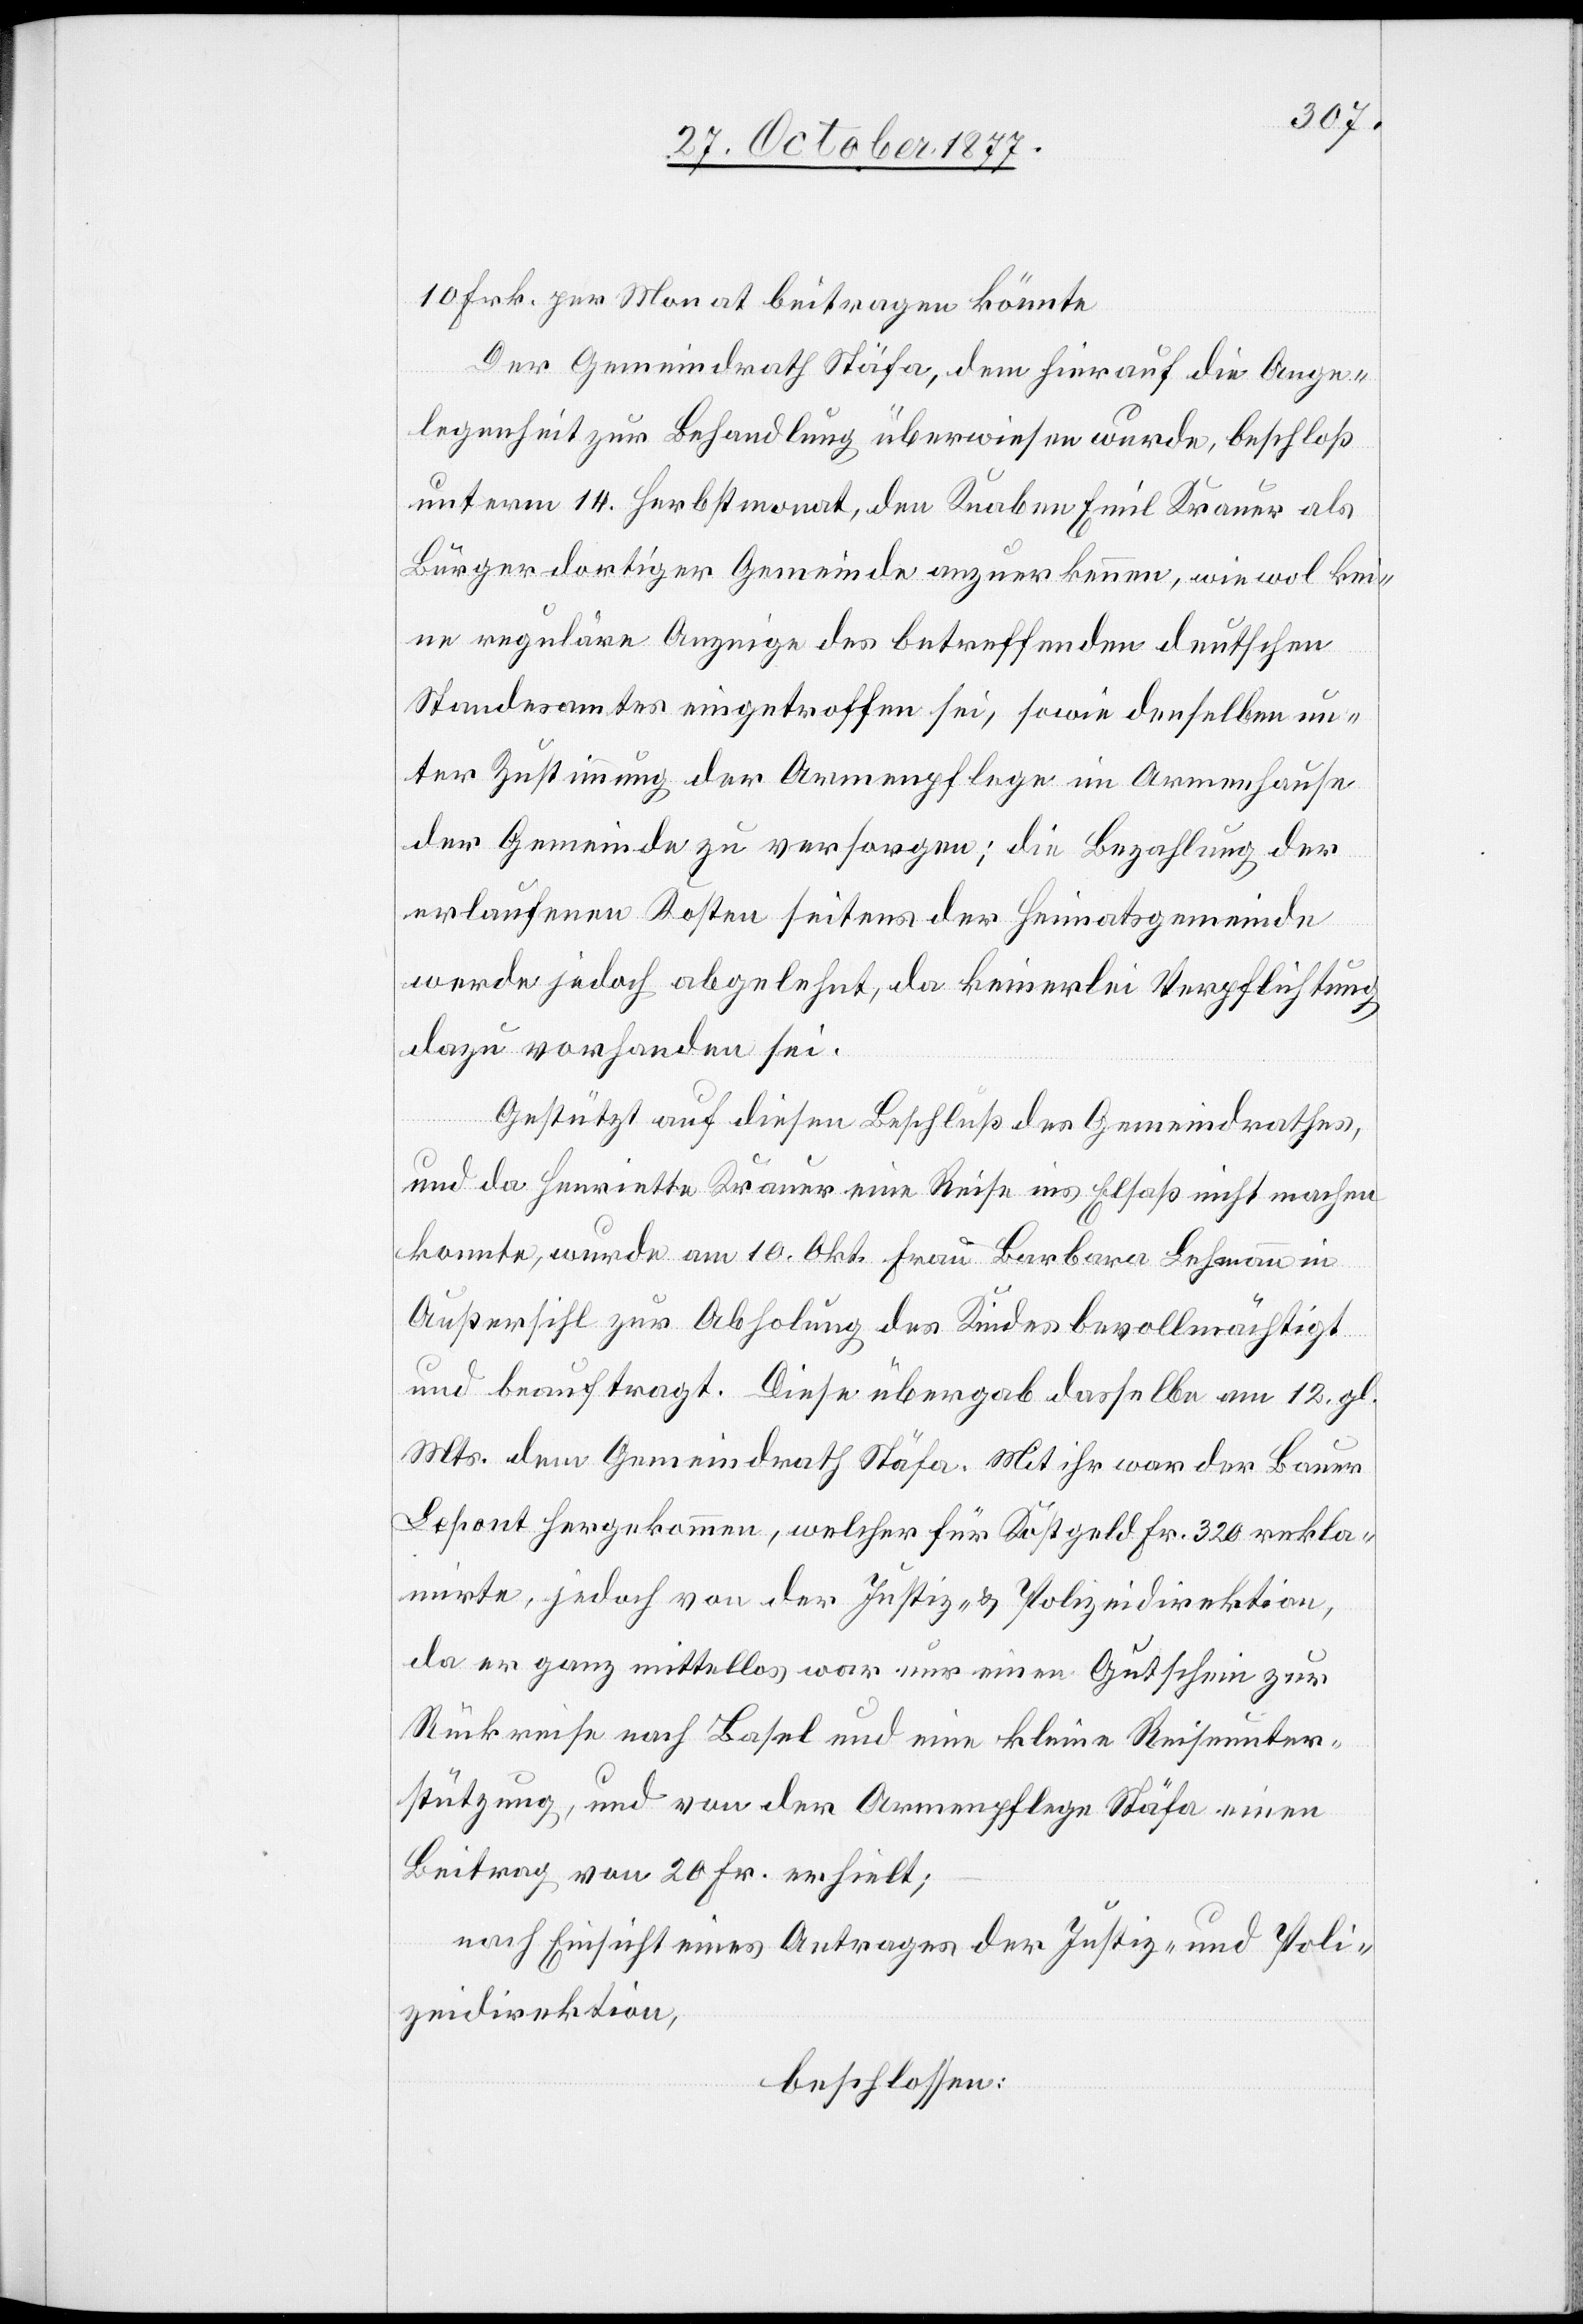
10 Frk. per Monat beitragen könnte
Der Gemeindrath Stäfa, dem hierauf die Ange¬
legenheit zur Behandlung überwiesen wurde, beschloß
unterm 14. Herbstmonat, den Knaben Emil Krauer als
Bürger dortiger Gemeinde anzuerkennen, wie wol kei¬
ne reguläre Anzeige des betreffenden deutschen
Standesamtes eingetroffen sei, sowie denselben un¬
ter Zustimmung der Armenpflege im Armenhause
der Gemeinde zu versorgen; die Bezahlung der
erlaufenen Kosten seitens der Heimatsgemeinde
werde jedoch abgelehnt, da keinerlei Verpflichtung
dazu vorhanden sei.
Gestützt auf diesen Beschluß des Gemeindrathes,
und da Henriette Krauer eine Reise ins Elsaß nicht machen
konnte, wurde am 10. Okt. Frau Barbara Lehmann in
Außersihl zur Abholung des Kindes bevollmächtigt
und beauftragt. Diese übergab dasselbe am 12. gl.
Mts. dem Gemeindrath Stäfa. Mit ihr war der Bauer
Lepont hergekommen, welcher für Kostgeld Fr. 320 rekla¬
mirte, jedoch von der Justiz- & Polizeidirektion,
da er ganz mittellos war nur einen Gutschein zur
Rückreise nach Basel und eine kleine Reiseunter¬
stützung, und von der Armenpflege Stäfa einen
Beitrag von 20 Fr. erhielt;
nach Einsicht eines Antrages der Justiz- und Poli¬
zeidirektion,
beschlossen: